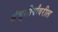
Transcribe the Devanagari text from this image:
शंभूशीर्षांवरील